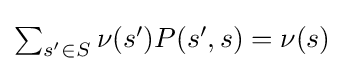
{\textstyle \sum _{s'\in S}\nu (s')P(s',s)=\nu (s)}